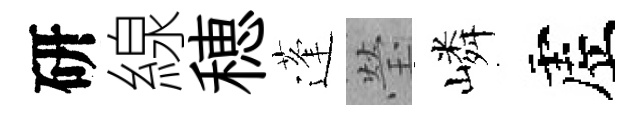
研線穂蓬瑩嶙虗